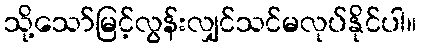
သို့သော်မြင့်လွန်းလျှင်သင်မလုပ်နိုင်ပါ။